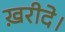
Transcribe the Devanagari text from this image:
ख़रीदे।